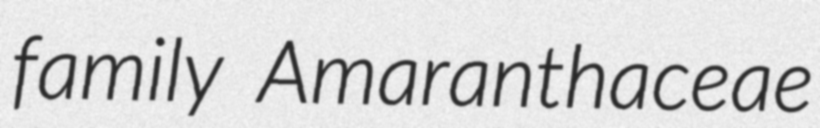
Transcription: family Amaranthaceae